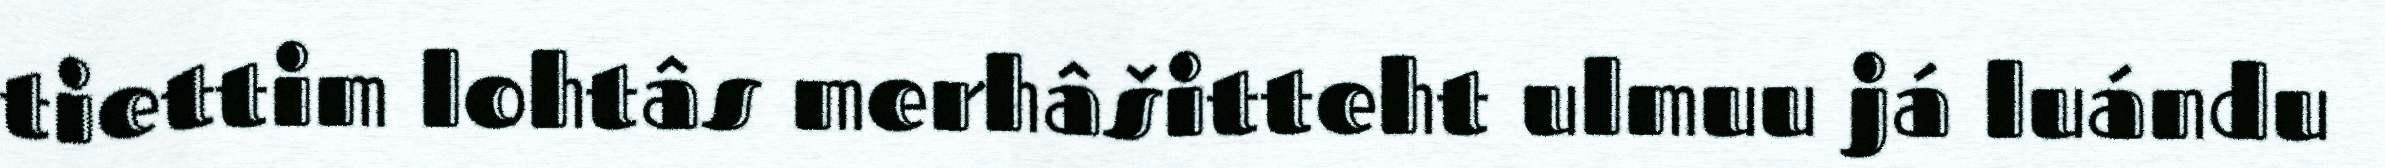
tiettim lohtâs merhâšitteht ulmuu já luándu